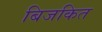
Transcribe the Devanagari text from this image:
बिजकित